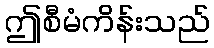
ဤစီမံကိန်းသည်